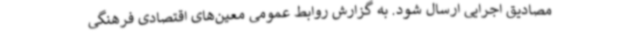
مصادیق اجرایی ارسال شود. به گزارش روابط عمومی معین‌های اقتصادی فرهنگی